Annual statistical returns and brief notes on vaccination in Bengal - 1887-1898
Year: 1887
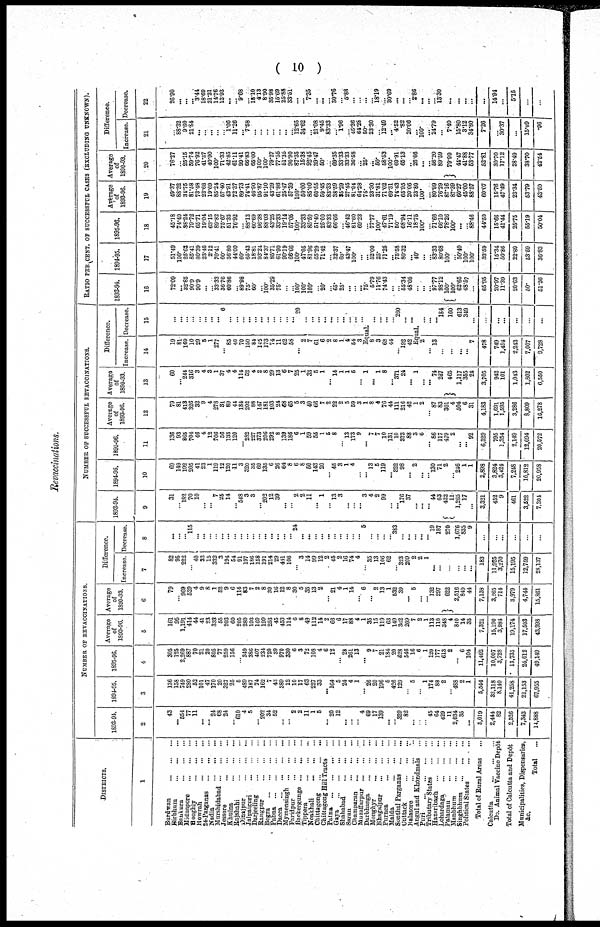
( 10 )
Revaccinations.
DISTRICTS.
1
Burdwan
...
...
...
Birbhum
...
...
...
Bankura
...
...
...
Midnapore
...
...
...
Hooghly
...
...
...
Howrah
...
...
...
24-Parganas
...
...
...
Nadia
...
...
...
Murshidabad
...
...
...
Jessore
...
...
...
Khulna
...
...
...
Rajshahi
...
...
...
Dinajpur
...
...
...
Jalpaiguri
...
...
...
Darjeeling
...
...
...
Rangpur
...
...
...
Bogra
...
...
...
...
Pabna
...
...
...
...
Dacca
...
...
...
...
Mymensingh
...
...
...
Faridpur
...
...
...
Backergunge
...
...
...
Tippera
...
...
...
Noakhali
...
...
...
Chittagong
...
...
...
Chittagong Hill Tracts ...
Patna
...
...
...
...
Gaya
...
...
...
...
Shahabad
...
...
...
Saran
...
...
...
Champaran
...
...
...
Muzaffarpur
...
...
...
Darbhanga
...
...
...
Monghyr
...
...
...
Bhagalpur
...
...
...
Purnea
...
...
...
Malda
...
...
...
Sonthal Parganas
...
...
Cuttack
...
...
...
Balasore
...
...
...
Angul and Khondmals ...
Puri
...
...
...
...
Tributary States
...
...
Hazaribagh
...
...
...
Lohardaga
...
...
...
Palamau
...
...
...
Manbhum
...
...
...
Singhbhum
...
...
...
Political States
...
...
Total of Sural Areas ...
Calcutta
...
...
...
Do. Animal Vaccine Depôt
Total of Calcutta and Depôt
Municipalities, Dispensaries,
&c.
Total
...
NUMBER OF REVACCIANTIONS.
1893-94
2
43
...
554
77
11
...
...
24
68
24
...
610
4
5
...
202
34
52
...
... 2
2
11
1
5
...
20
12
...
...
...
4
60
17
139
...
... 329
82
...
...
...
45
64
429
11
2,034
35
...
5,019
2,444
82
2,526
7,343
14,888
1894-95.
3
136
158
749
280
52
101
47
170
20
327
25
5
489
187
74
162
7
43
389
12
10
17
63
227
33
... 164
5
24
4
1
...
26
20
196
5
426
129
... 5
...
1
174
88
2
...
488
2
1
5,544
33,118
8,140
41,258
21,153
67,955
1895-96.
4
305
125
2,269
887
70
21
20
805
77
259
156
...
349
386
407
234
720
39
970
330
6
3
72
108
4
6
12
...
28
261
13
...
9
7
21
184
20
628
546
16
6
1
120
177
613
2
...
6
104
11,402
10,007
3,728
18,735
24,012
49,149
Average
of
1893-96.
5
161
95
1,191
414
44
41
23
333
55
203
60
205
280
193
160
199
253
45
453
]14
6
8
49
112
14
2
66
6
17
88
4
1
35
15
119
63
149
362
209
7
2
1
113
110
348
4
840
14
35
7,321
15,190
3,984
19,174
17,503
43,998
Average
of
1890-93.
6
79
...
969
529
4
9
8
1
52
9
6
114
83
7
2
8
39
16
12
8
30
5
35
13
2
...
21
4
1
14
...
6
...
2
13
1
532
39
...
5
...
...
132
297
622
2,516
849
44
7,138
3,265
714
3,979
4,744
15,861
Difference.
Increase.
7
82
95
222
...
40
32
15
332
3
194
54
91
197
186
158
191
214
29
441
106
...
3
14
99
12
2
45
2
16
74
4
...
35
13
106
62
...
323
209
2
2
1
...
...
...
...
...
...
183
11,925
3,270
15,195
12,759
28,137
Decrease.
8
...
...
...
115
...
...
...
...
...
...
...
...
...
...
...
...
...
...
...
...
24
...
...
...
...
...
...
...
...
...
...
5
...
...
... ...
383
...
...
...
...
...
19
187
270
1,676
835
9
...
...
...
...
...
NUMBER OF SUCCESSFUL REVACCINATIONS.
1893-94.
9
31
...
182
70
10
...
...
7
25
14
...
548
3
3
...
203
12
39
...
...
2
2
11
...
1
...
13
3
...
...
...
3
4
2
99
...
...
176
37
...
...
...
44
63
422
11
1,265
17
...
3,321
452
9
461
3,522
7,304
1894-96.
10
69
149
192
205
41
23
1
119
12
120
.11
3
320
35
69
135
6
26
64
8
6
8
50
143
20
...
45
3
1
4
...
...
13
5
119
...
322
98
...
2
...
... 130
71
2
...
246
1
1
2,898
3,824
3,424
7,248
10,812
20,958
1895-96.
11
136
93
865
704
46
4
12
706
56
133
120
...
282
227
373
206
292
8
139
186
6
1
59
55
1
5
8
...
13
173
9
...
7
7
10
131
10
373
88
3
6
...
86
117
479
2
...
...
92
6,329
795
1,354
2,149
12,094
20,572
Average
of
1893-96.
12
79
81
413
326
32
9
4
278
31
89
44
184
202
88
147
181
103
24
68
65
5
3
40
66
7
2
22
2
5
59
3
1
8
4
76
44
111
216
42
1
2
...
87
83
301
4
504
6
31
4,183
1,691
1,595
3,286
8,809
16,278
Average
of
1890-93.
13
60
...
244
316
3
4
3
1
37
4
4
114
52
4
2
8
29
13
6
7
25
1
33
5
1
...
14
1
1
5
...
1
...
1
8
...
371
24
...
1
...
...
74
267
465
1,117
355
24
3,705
942
101
1,043
1,802
6,550
Difference.
Increase.
14
19
81
169
10
29
5
1
277
...
85
40
70
150
84
145
173
74
11
62
58
...
2
7
61
6
2
8
1
4
54
3
Decrease.
15
...
...
...
...
...
...
...
...
6
...
...
...
...
...
...
...
...
...
...
...
20
...
...
...
...
...
...
...
...
...
...
Equal
8 3
68
44
...
192
42
...
...
...
...
260
...
...
Equal.
2
...
13
...
...
...
...
7
478
749
1,494
2,243
7,007
9,728
...
...
...
184
160
613
349
...
...
...
...
...
...
...
RATIO PER CENT. OF SUCCESSFUL CASES (EXCLUDING UNKNOWN).
1893-94.
16
72.09
...
32.85
90.9
90.9
...
...
33.33
36.76
60.86
...
89.98
75.
60.
...
100.
35.29
75.
...
...
100.
100.
100.
...
20.
...
65.
25.
...
...
...
75.
5.79
11.76
74.43
...
...
55.34
48.05
...
...
...
97.77
98.12
100.
100.
62.65
48.57
...
65.95
20.97
11.39
20.63
50.
51.26
1894-95.
17
51.49
100.
25.63
85.41
80.39
23.46
2.12
70.41
60.
36.80
44.00
60.
65.43
18.81
93.24
84.37
85.71
61.90
90.19
66.66
100.
47.05
81.96
65.29
71.42
...
32.37
60.
43.47
100.
...
...
52.00
25.
71.25
...
75.58
80.32
...
40.
...
...
83.33
80.68
100.
...
50.40
100.
100.
53.59
15.34
50.86
22.89
53.59
36.83
1895-96.
18
45.18
74.40
38.24
79.72
65.71
19.04
63.15
89.82
75.67
51.35
76.92
...
88.12
60.69
96.38
88.03
43.25
33.33
19.14
57.05
100.
33.33
85.50
51.40
25.00
83.33
66.66
... 46.42
81.60
69.23
...
77.77
100.
47.61
71.19
50.
68.94
16.11
18.75
100.
...
71.66
66.10
78.26
100.
...
...
88.46
44.50
15.66
41.44
25.75
55.19
50.04
Average
of
1893-96.
19
49.37
88.32
34.75
81.58
73.48
22.68
19.69
85.24
57.40
43.91
72.37
89.73
74.41
46.90
95.87
91.10
43.29
61.86
25.47
57.39
100.
50.00
85.00
60.55
59.45
83.33
38.59
35.29
27.45
81.94
64.28
75.
23.30
31.81
71.02
69.31
74.43
65.95
20.06
23.80
100.
...
80.99
76.29
87.16
87.39
60.27
45.00
88.57
60.07
15.76
47.49
23.34
53.79
43.50
Average
of
1890-93.
20
76.27
...
25.15
59.74
76.92
41.37
40.90
100.
71.33
42.85
61.11
99.41
66.83
65.00
100.
100.
79.27
77.55
51.35
90.90
87.35
15.38
92.45
39.47
50.
...
69.35
33.33
33.33
36.58
... 25.
...
50.
58.53
100.
69.91
65.13
...
26.66
...
...
56.20
89.59
79.99
44.47
41.88
53.77
52.81
30.70
17.12
28.49
38.70
43.54
Difference.
Increase.
21
...
88.32
9.60
21.84
...
...
...
...
...
1.06
11.26
... 7.58
...
...
...
...
...
...
... 12.65
34.62
... 21.08
9.45
83.33
... 1.96
... 45.36
64.28
50.
23.30
...
12.49
...
4.52
.82
20.06
...
100.
...
24.79
...
7.40
15.80
3.12
34.80
7.26
...
30.37
...
15.09
.96
Decrease.
22
26.90
...
...
... 3.44
18.69
21.21
14.76
13.93
...
... 9.68
...
18.10
4.13
8.90
35.98
15.69
25.88
33.51
...
... 7.35
...
...
... 30.76
... 5.88
...
...
...
... 18.19
...
30.69
...
...
... 2.86
...
...
... 13.30
...
...
...
...
...
14.94
...
5.15
...
...